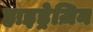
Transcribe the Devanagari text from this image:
हाइड्रेज़िन